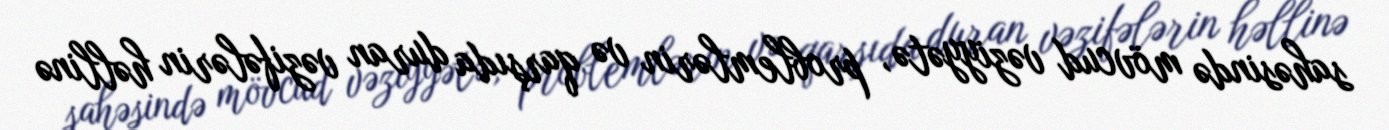
sahəsində mövcud vəziyyətə, problemlərin və qarşıda duran vəzifələrin həllinə